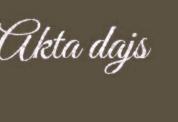
Akta dajs